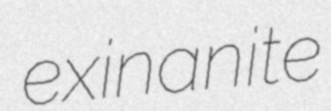
exinanite